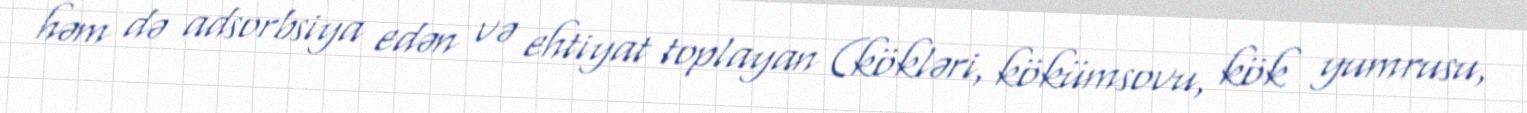
həm də adsorbsiya edən və ehtiyat toplayan (kökləri, kökümsovu, kök yumrusu,